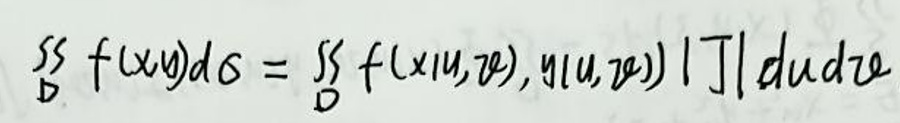
$\iint\limits_{D} f(x,y)d\sigma = \iint\limits_{D} f(x(u,v),y(u,v))|J|dudv$